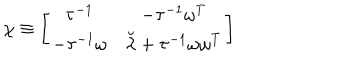
LaTeX: \chi \equiv \left[ \begin{matrix} { { \tau ^ { - 1 } } } & { { - \tau ^ { - 1 } \omega ^ { T } } } \\ { { - \tau ^ { - 1 } \omega } } & { { \breve { \lambda } + \tau ^ { - 1 } \omega \omega ^ { T } } } \\ \end{matrix} \right]